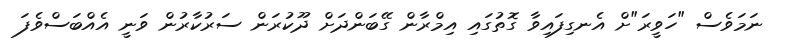
ނަމަވެސް "ހަވީރަ"ށް އެނގިފައިވާ ގޮތުގައި އިމްރާން ގޭބަންދަށް ދޫކުރަން ސަރުކާރުން ވަނީ އެއްބަސްވެފަ